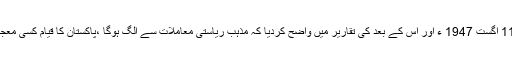
قائد اعظم نے اپنی 11 اگست 1947 ء اور اس کے بعد کی تقاریر میں واضح کردیا کہ مذہب ریاستی معاملات سے الگ ہوگا ،پاکستان کا قیام کسی معجزے سے کم نہ تھا ۔